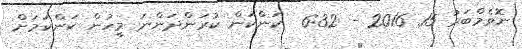
ނޮވެމްބަރު 15